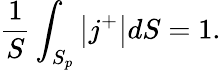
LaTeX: \frac{1}{S}\int_{S_{p}}\left\vert j^{+}\right\vert dS=1.